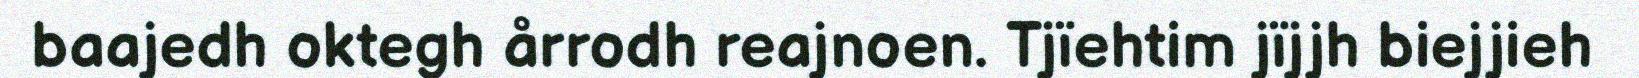
baajedh oktegh årrodh reajnoen. Tjïehtim jïjjh biejjieh